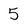
Character: 5